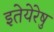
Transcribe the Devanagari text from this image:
इतेयेरेषु